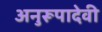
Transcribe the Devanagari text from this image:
अनुरूपादेवी